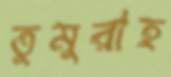
তুমুরাহ